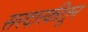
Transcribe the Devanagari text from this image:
सरदारकीतून